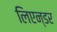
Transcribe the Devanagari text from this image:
लिएन्डर